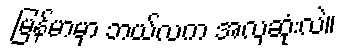
မြန်မာမှာ ဘယ်လက အလှဆုံးလဲ။